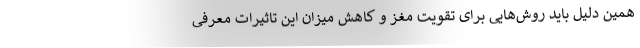
همین دلیل باید روش‌هایی برای تقویت مغز و کاهش میزان این تاثیرات معرفی